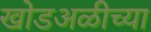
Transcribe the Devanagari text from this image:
खोडअळीच्या